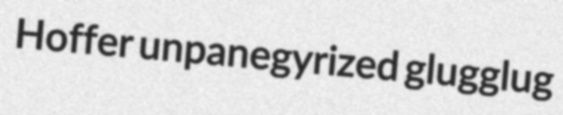
Hoffer unpanegyrized glugglug